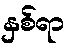
နှစ်ရာ